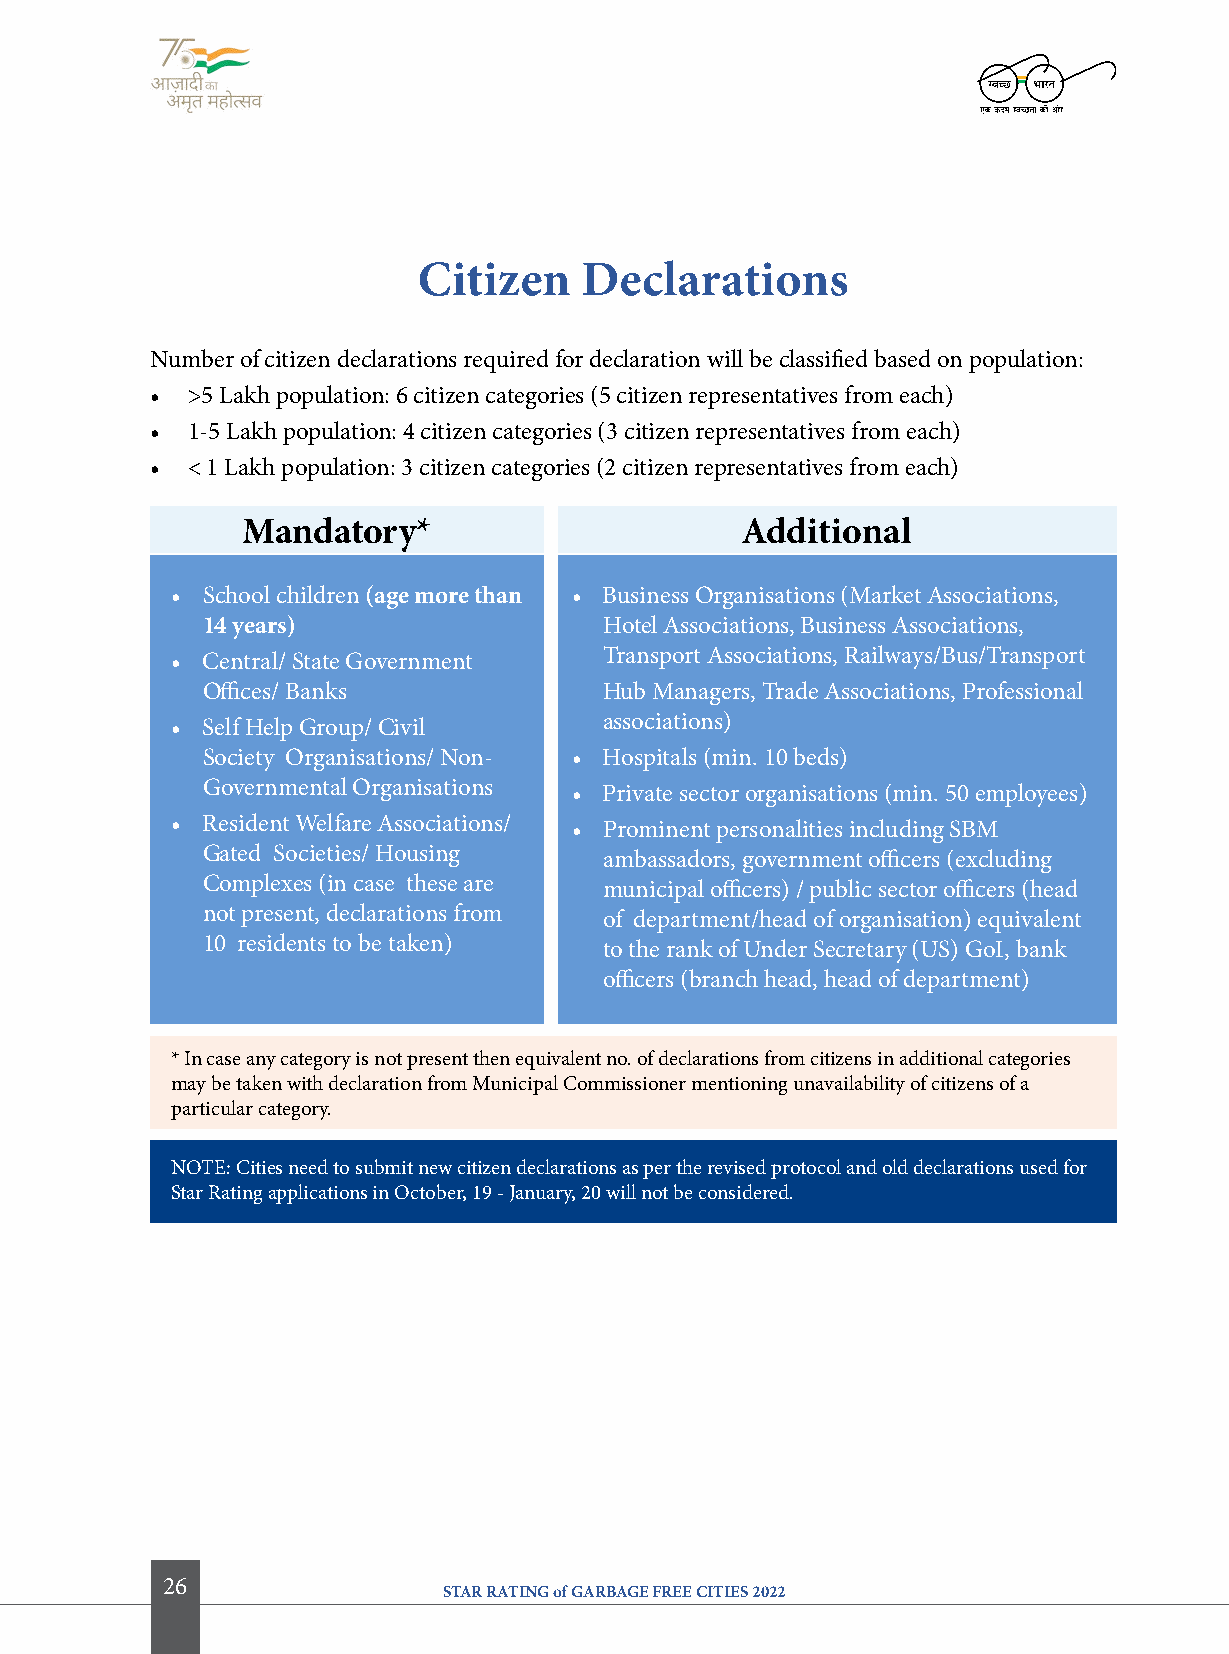
citizen   Declarations
 Number of citizen declarations required for declaration will be classified based on population:
 • >5 Lakh population: 6 citizen categories (5 citizen representatives from each)
 • 1-5 Lakh population: 4 citizen categories (3 citizen representatives from each)
 • < 1 Lakh population: 3 citizen categories (2 citizen representatives from each)
 Mandatory*                       additional
 • School children (age more than • Business Organisations (Market Associations,
 14 years)                  Hotel Associations, Business Associations,
 • Central/ State Government  Transport Associations, Railways/Bus/Transport
 Offices/ Banks             Hub Managers, Trade Associations, Professional
 • Self Help Group/ Civil     associations)
 Society Organisations/ Non- • Hospitals (min. 10 beds)
 Governmental Organisations • Private sector organisations (min. 50 employees)
 • Resident Welfare Associations/ • Prominent personalities including SBM
 Gated Societies/ Housing   ambassadors, government officers (excluding
 Complexes (in case these are municipal officers) / public sector officers (head
 not present, declarations from of department/head of organisation) equivalent
 10 residents to be taken)  to the rank of Under Secretary (US) GoI, bank
 officers (branch head, head of department)
 * In case any category is not present then equivalent no. of declarations from citizens in additional categories
 may be taken with declaration from Municipal Commissioner mentioning unavailability of citizens of a
 particular category.
 NOTE: Cities need to submit new citizen declarations as per the revised protocol and old declarations used for
 Star Rating applications in October, 19 - January, 20 will not be considered.
 26
 STAR RATING of GARBAGE FREE CITIES 2022